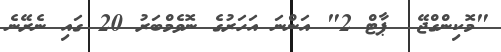
"މޮކިންގްޖޭ  ޕާޓް 2" އަންނަ އަހަރުގެ ނޮވެމްބަރު 20 ގައި ނެރޭނެ